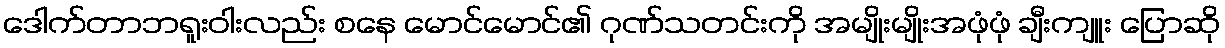
ဒေါက်တာဘရူးဝါးလည်း စနေ မောင်မောင်၏ ဂုဏ်သတင်းကို အမျိုးမျိုးအဖုံဖုံ ချီးကျူး ပြောဆို